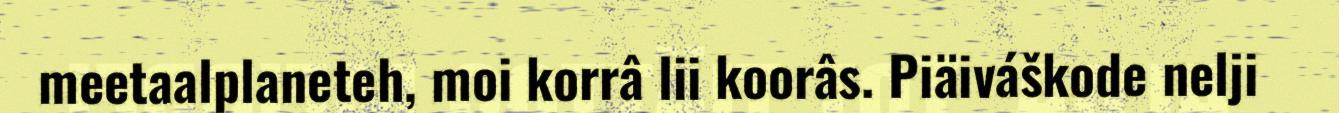
meetaalplaneteh, moi korrâ lii koorâs. Piäiváškode nelji